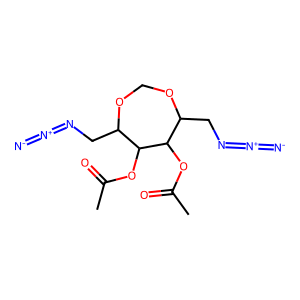
SMILES: CC(=O)OC1C(CN=[N+]=[N-])OCOC(CN=[N+]=[N-])C1OC(C)=O
Inhibits HIV replication: No